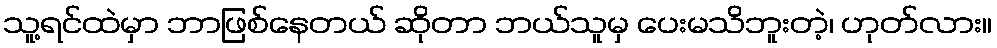
သူ့ရင်ထဲမှာ ဘာဖြစ်နေတယ် ဆိုတာ ဘယ်သူမှ ပေးမသိဘူးတဲ့၊ ဟုတ်လား။